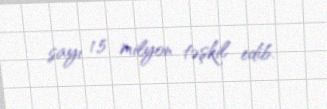
sayı 1,5 milyon təşkil edib.